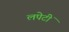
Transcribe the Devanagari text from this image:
लपेटीं